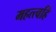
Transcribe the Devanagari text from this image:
महत्त्वहि